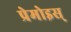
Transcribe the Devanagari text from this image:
प्रेमोइस्